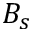
B _ { s }